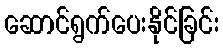
ဆောင်ရွက်ပေးနိုင်ခြင်း